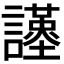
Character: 𧭩